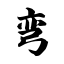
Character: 弯